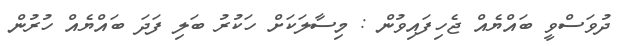
ދުވަސްވީ ބައްޔެއް ޖެހިފައިވުން : މިސާލަކަށް ހަކުރު ބަލި ފަދަ ބައްޔެއް ހުރުން